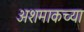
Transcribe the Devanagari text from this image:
अशमाकच्या